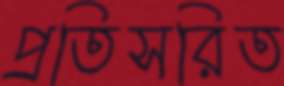
প্রতিসরিত